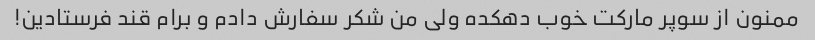
ممنون از سوپر مارکت خوب دهکده ولی من شکر سفارش دادم و برام قند فرستادین!